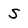
Character: S